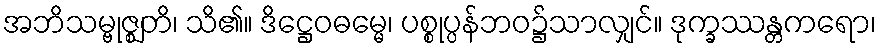
အဘိသမ္ဗုဇ္ဈတိ၊ သိ၏။ ဒိဋ္ဌေဝဓမ္မေ၊ ပစ္စုပ္ပန်ဘဝ၌သာလျှင်။ ဒုက္ခဿန္တကရော၊